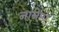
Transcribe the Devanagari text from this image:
नानेमो